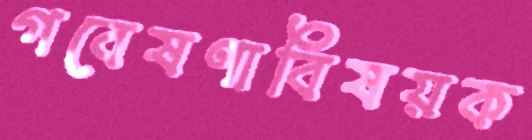
গবেষণাবিষয়ক